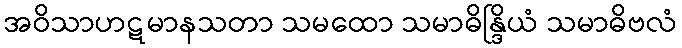
အဝိသာဟဋမာနသတာ သမထော သမာဓိန္ဒြိယံ သမာဓိဗလံ